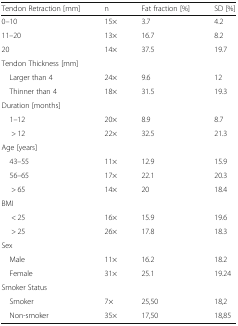
<table><thead><tr><td><b>Tendon Retraction [mm]</b></td><td><b>n</b></td><td><b>Fat fraction [%]</b></td><td><b>SD [%]</b></td></tr></thead><tbody><tr><td>0–10</td><td>15×</td><td>3.7</td><td>4.2</td></tr><tr><td>11–20</td><td>13×</td><td>16.7</td><td>8.2</td></tr><tr><td>20</td><td>14×</td><td>37.5</td><td>19.7</td></tr><tr><td colspan="4">Tendon Thickness [mm]</td></tr><tr><td> Larger than 4</td><td>24×</td><td>9.6</td><td>12</td></tr><tr><td> Thinner than 4</td><td>18×</td><td>31.5</td><td>19.3</td></tr><tr><td colspan="4">Duration [months]</td></tr><tr><td> 1–12</td><td>20×</td><td>8.9</td><td>8.7</td></tr><tr><td>&gt; 12</td><td>22×</td><td>32.5</td><td>21.3</td></tr><tr><td colspan="4">Age [years]</td></tr><tr><td> 43–55</td><td>11×</td><td>12.9</td><td>15.9</td></tr><tr><td> 56–65</td><td>17×</td><td>22.1</td><td>20.3</td></tr><tr><td>&gt; 65</td><td>14×</td><td>20</td><td>18.4</td></tr><tr><td colspan="4">BMI</td></tr><tr><td>&lt; 25</td><td>16×</td><td>15.9</td><td>19.6</td></tr><tr><td>&gt; 25</td><td>26×</td><td>17.8</td><td>18.3</td></tr><tr><td colspan="4">Sex</td></tr><tr><td> Male</td><td>11×</td><td>16.2</td><td>18.2</td></tr><tr><td> Female</td><td>31×</td><td>25.1</td><td>19.24</td></tr><tr><td colspan="4">Smoker Status</td></tr><tr><td> Smoker</td><td>7×</td><td>25,50</td><td>18,2</td></tr><tr><td> Non-smoker</td><td>35×</td><td>17,50</td><td>18,85</td></tr></tbody></table>